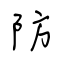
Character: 防